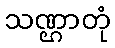
သဏ္ဌာတုံ